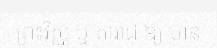
ព្រះវិស្ណុ ឬ តារាជ ឱ្យ មាន